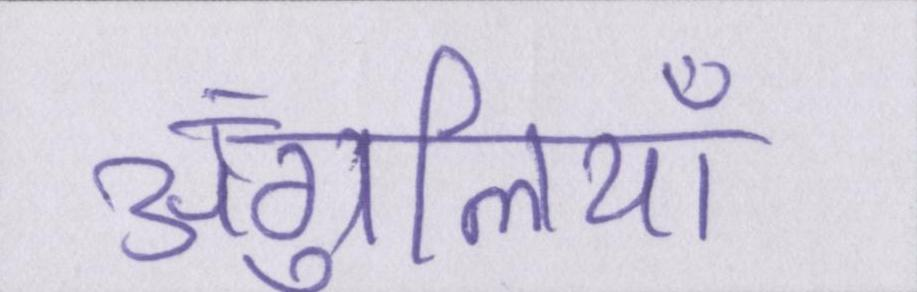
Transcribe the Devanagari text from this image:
अंगुलियाँ